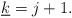
LaTeX: \begin{align*} \underline{k}=j+1.\end{align*}